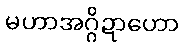
မဟာအဂ္ဂိဍာဟော